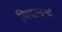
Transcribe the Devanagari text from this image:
चिदानन्दं